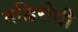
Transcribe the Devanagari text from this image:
तद्विरोधी